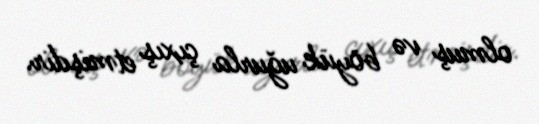
olmuş və böyük uğurla çıxış etmişdir.